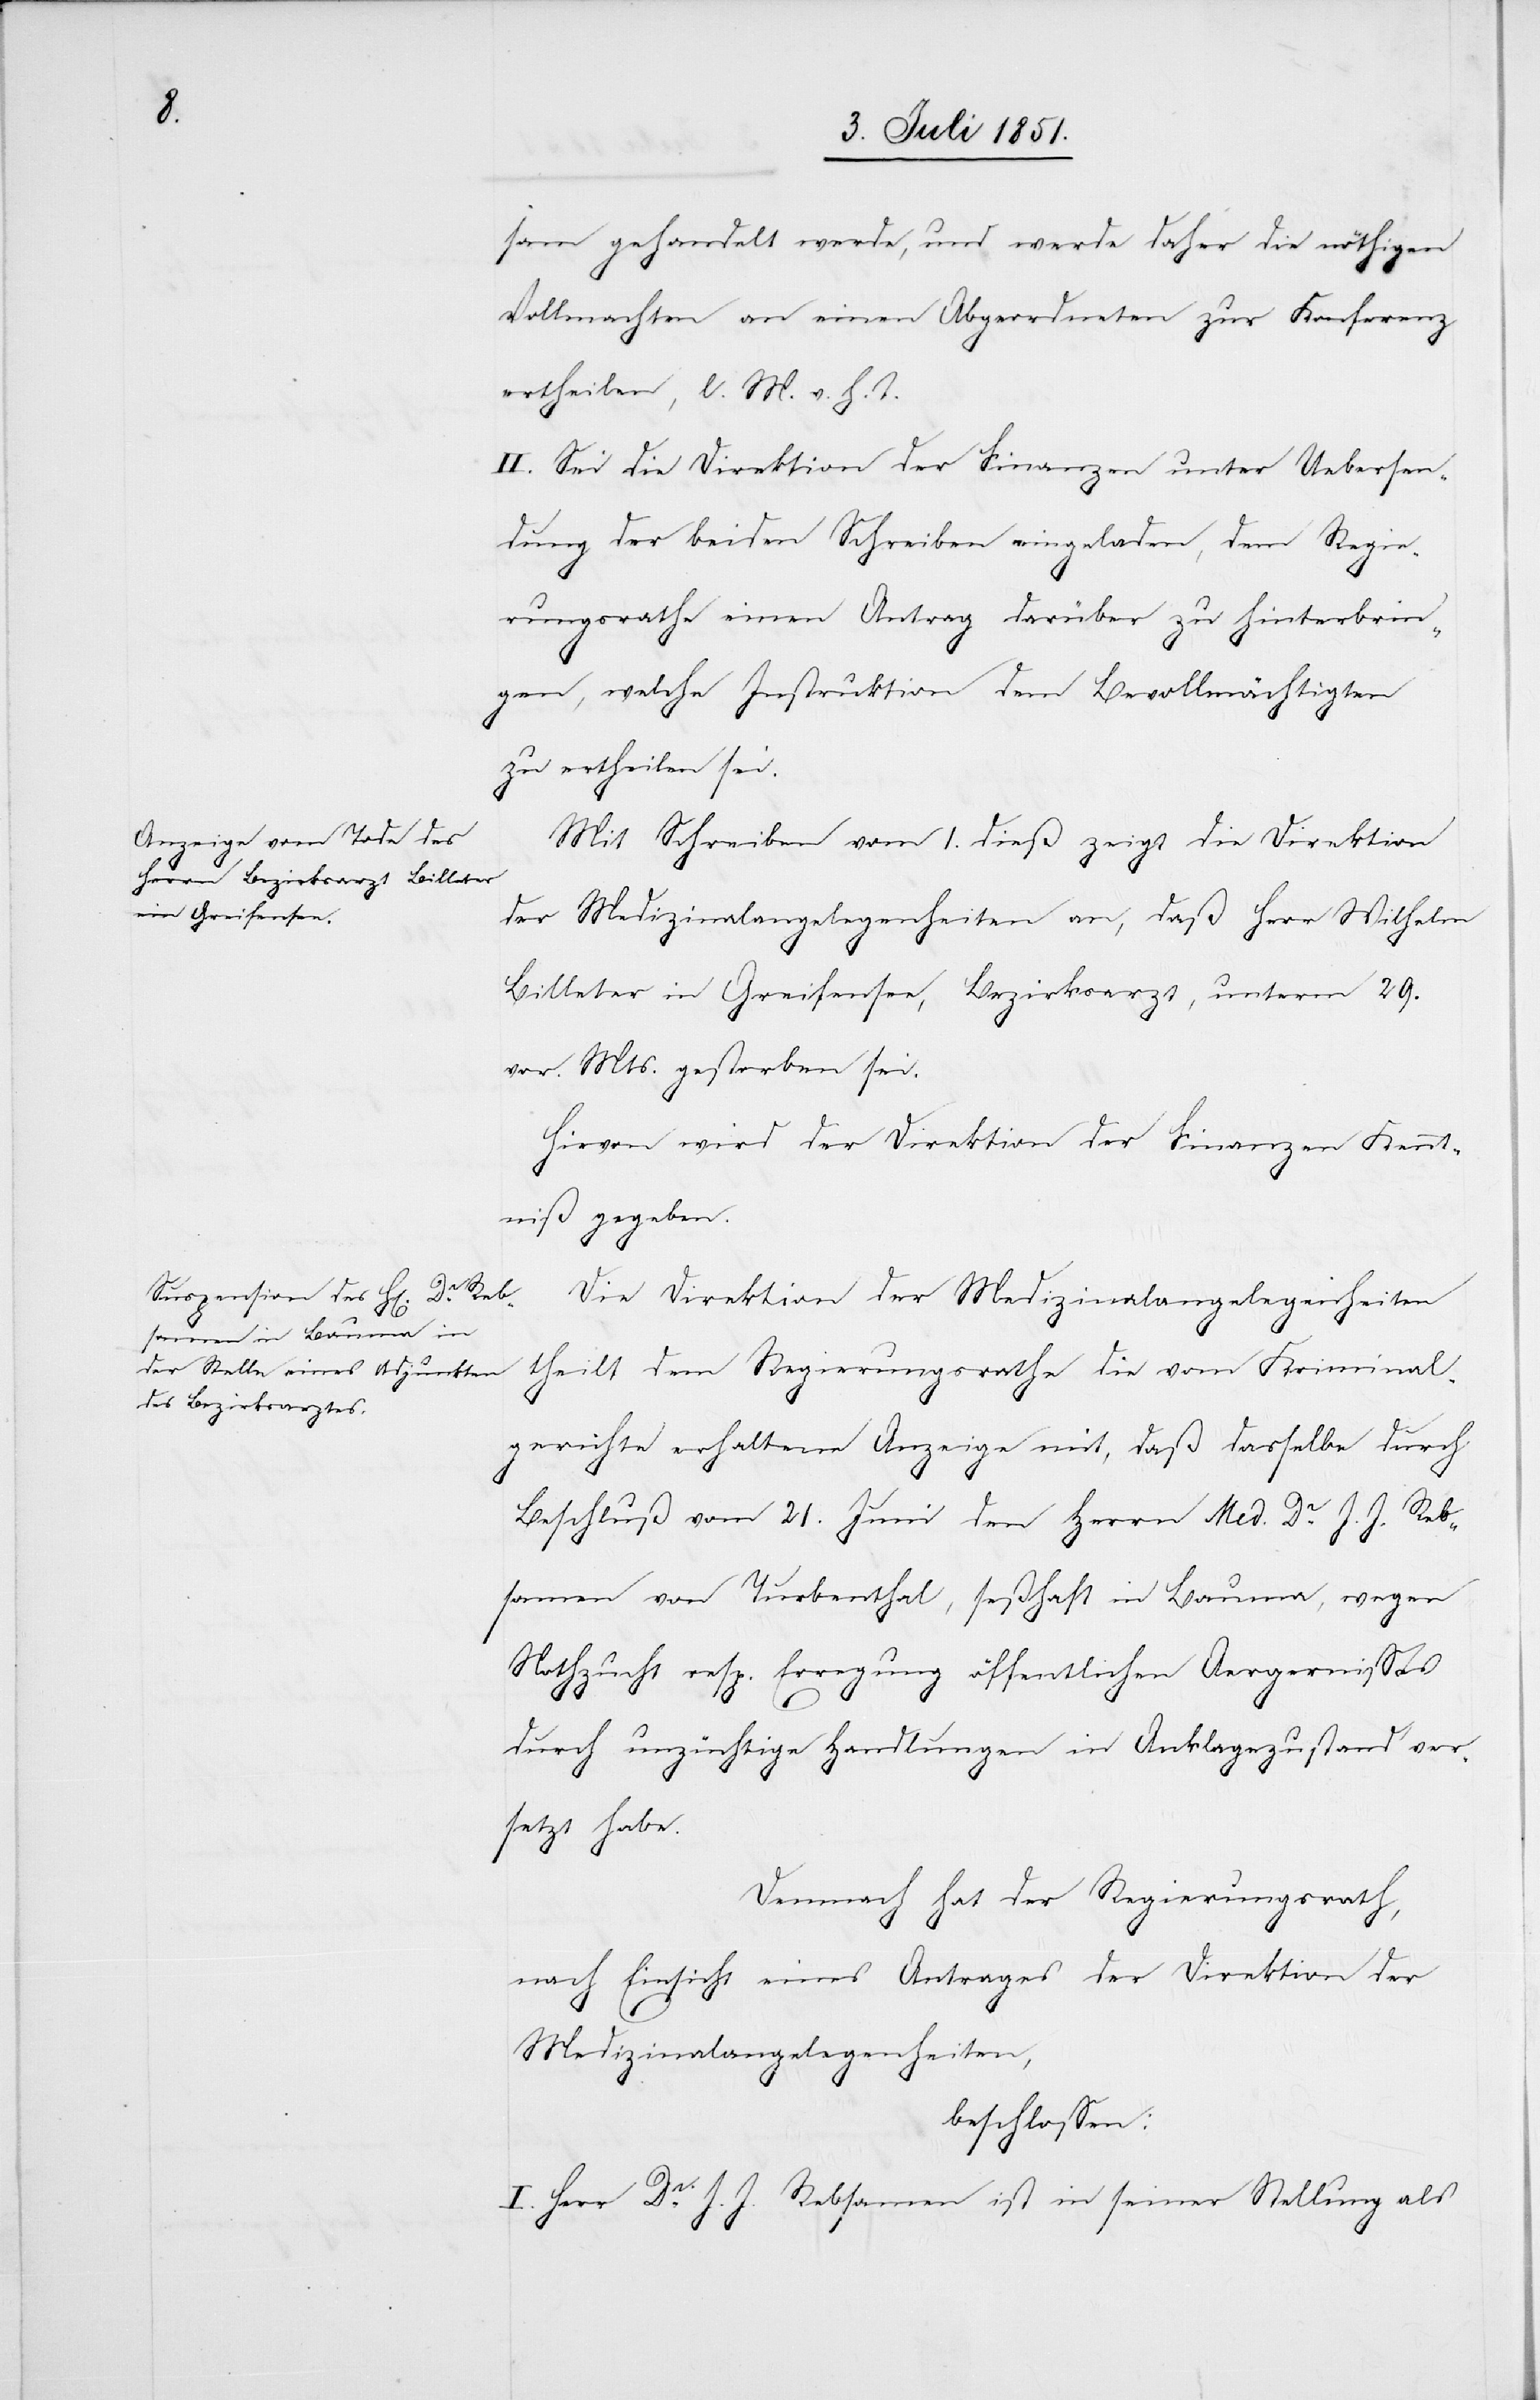
sam gehandelt werde, und werde daher die nöthigen
Vollmachten an einen Abgeordneten zur Konferenz
ertheilen, l. M. v. h. T.
II. Sei die Direktion der Finanzen unter Uebersen¬
dung der beiden Schreiben eingeladen, dem Regie¬
rungsrathe einen Antrag darüber zu hinterbrin¬
gen, welche Instruktion dem Bevollmächtigten
zu ertheilen sei.
Mit Schreiben vom 1. dieß zeigt die Direktion
der Medizinalangelegenheiten an, daß Herr Wilhelm
Billeter in Greifensee, Bezirksarzt, unterm 29.
vor. Mts. gestorben sei.
Hievon wird der Direktion der Finanzen Kennt¬
niß gegeben.
Die Direktion der Medizinalangelegenheiten
theilt dem Regierungsrathe die vom Kriminal¬
gerichte erhaltene Anzeige mit, daß dasselbe durch
Beschluß vom 21. Juni den Herrn Med. Dr. J. J. Reb¬
samen von Turbenthal, seßhaft in Bauma, wegen
Nothzucht resp. Erregung öffentlichen Aergernisses
durch unzüchtige Handlungen in Anklagezustand ver¬
setzt habe.
Demnach hat der Regierungsrath,
nach Einsicht eines Antrages der Direktion der
Medizinalangelegenheiten,
beschlossen:
I. Herr Dr. J. J. Rebsamen ist in seiner Stellung als